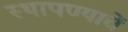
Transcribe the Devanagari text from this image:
स्थापण्याचें